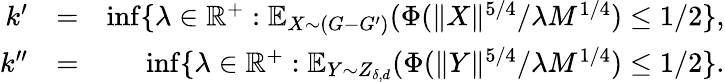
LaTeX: \begin{array}{rlr}{k^{\prime}}&{=}&{\operatorname*{inf}\{ \lambda\in\mathbb{R}^{+}:\mathbb{E}_{X\sim(G-G^{\prime})}(\Phi(\| X\| ^{5/4}/\lambda M^{1/4})\leq 1/2\} ,}\\ {k^{\prime\prime}}&{=}&{\operatorname*{inf}\{ \lambda\in\mathbb{R}^{+}:\mathbb{E}_{Y\sim Z_{\delta,d}}(\Phi(\| Y\| ^{5/4}/\lambda M^{1/4})\leq 1/2\} .}\end{array}